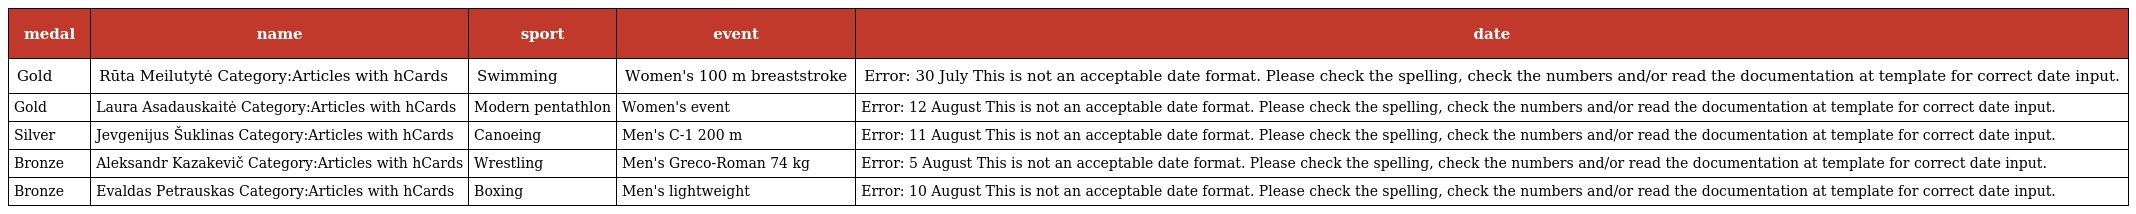
| medal | name | sport | event | date |
 | --- | --- | --- | --- | --- |
 | Gold | Rūta Meilutytė Category:Articles with hCards | Swimming | Women's 100 m breaststroke | Error: 30 July This is not an acceptable date format. Please check the spelling, check the numbers and/or read the documentation at template for correct date input. |
 | Gold | Laura Asadauskaitė Category:Articles with hCards | Modern pentathlon | Women's event | Error: 12 August This is not an acceptable date format. Please check the spelling, check the numbers and/or read the documentation at template for correct date input. |
 | Silver | Jevgenijus Šuklinas Category:Articles with hCards | Canoeing | Men's C-1 200 m | Error: 11 August This is not an acceptable date format. Please check the spelling, check the numbers and/or read the documentation at template for correct date input. |
 | Bronze | Aleksandr Kazakevič Category:Articles with hCards | Wrestling | Men's Greco-Roman 74 kg | Error: 5 August This is not an acceptable date format. Please check the spelling, check the numbers and/or read the documentation at template for correct date input. |
 | Bronze | Evaldas Petrauskas Category:Articles with hCards | Boxing | Men's lightweight | Error: 10 August This is not an acceptable date format. Please check the spelling, check the numbers and/or read the documentation at template for correct date input. |